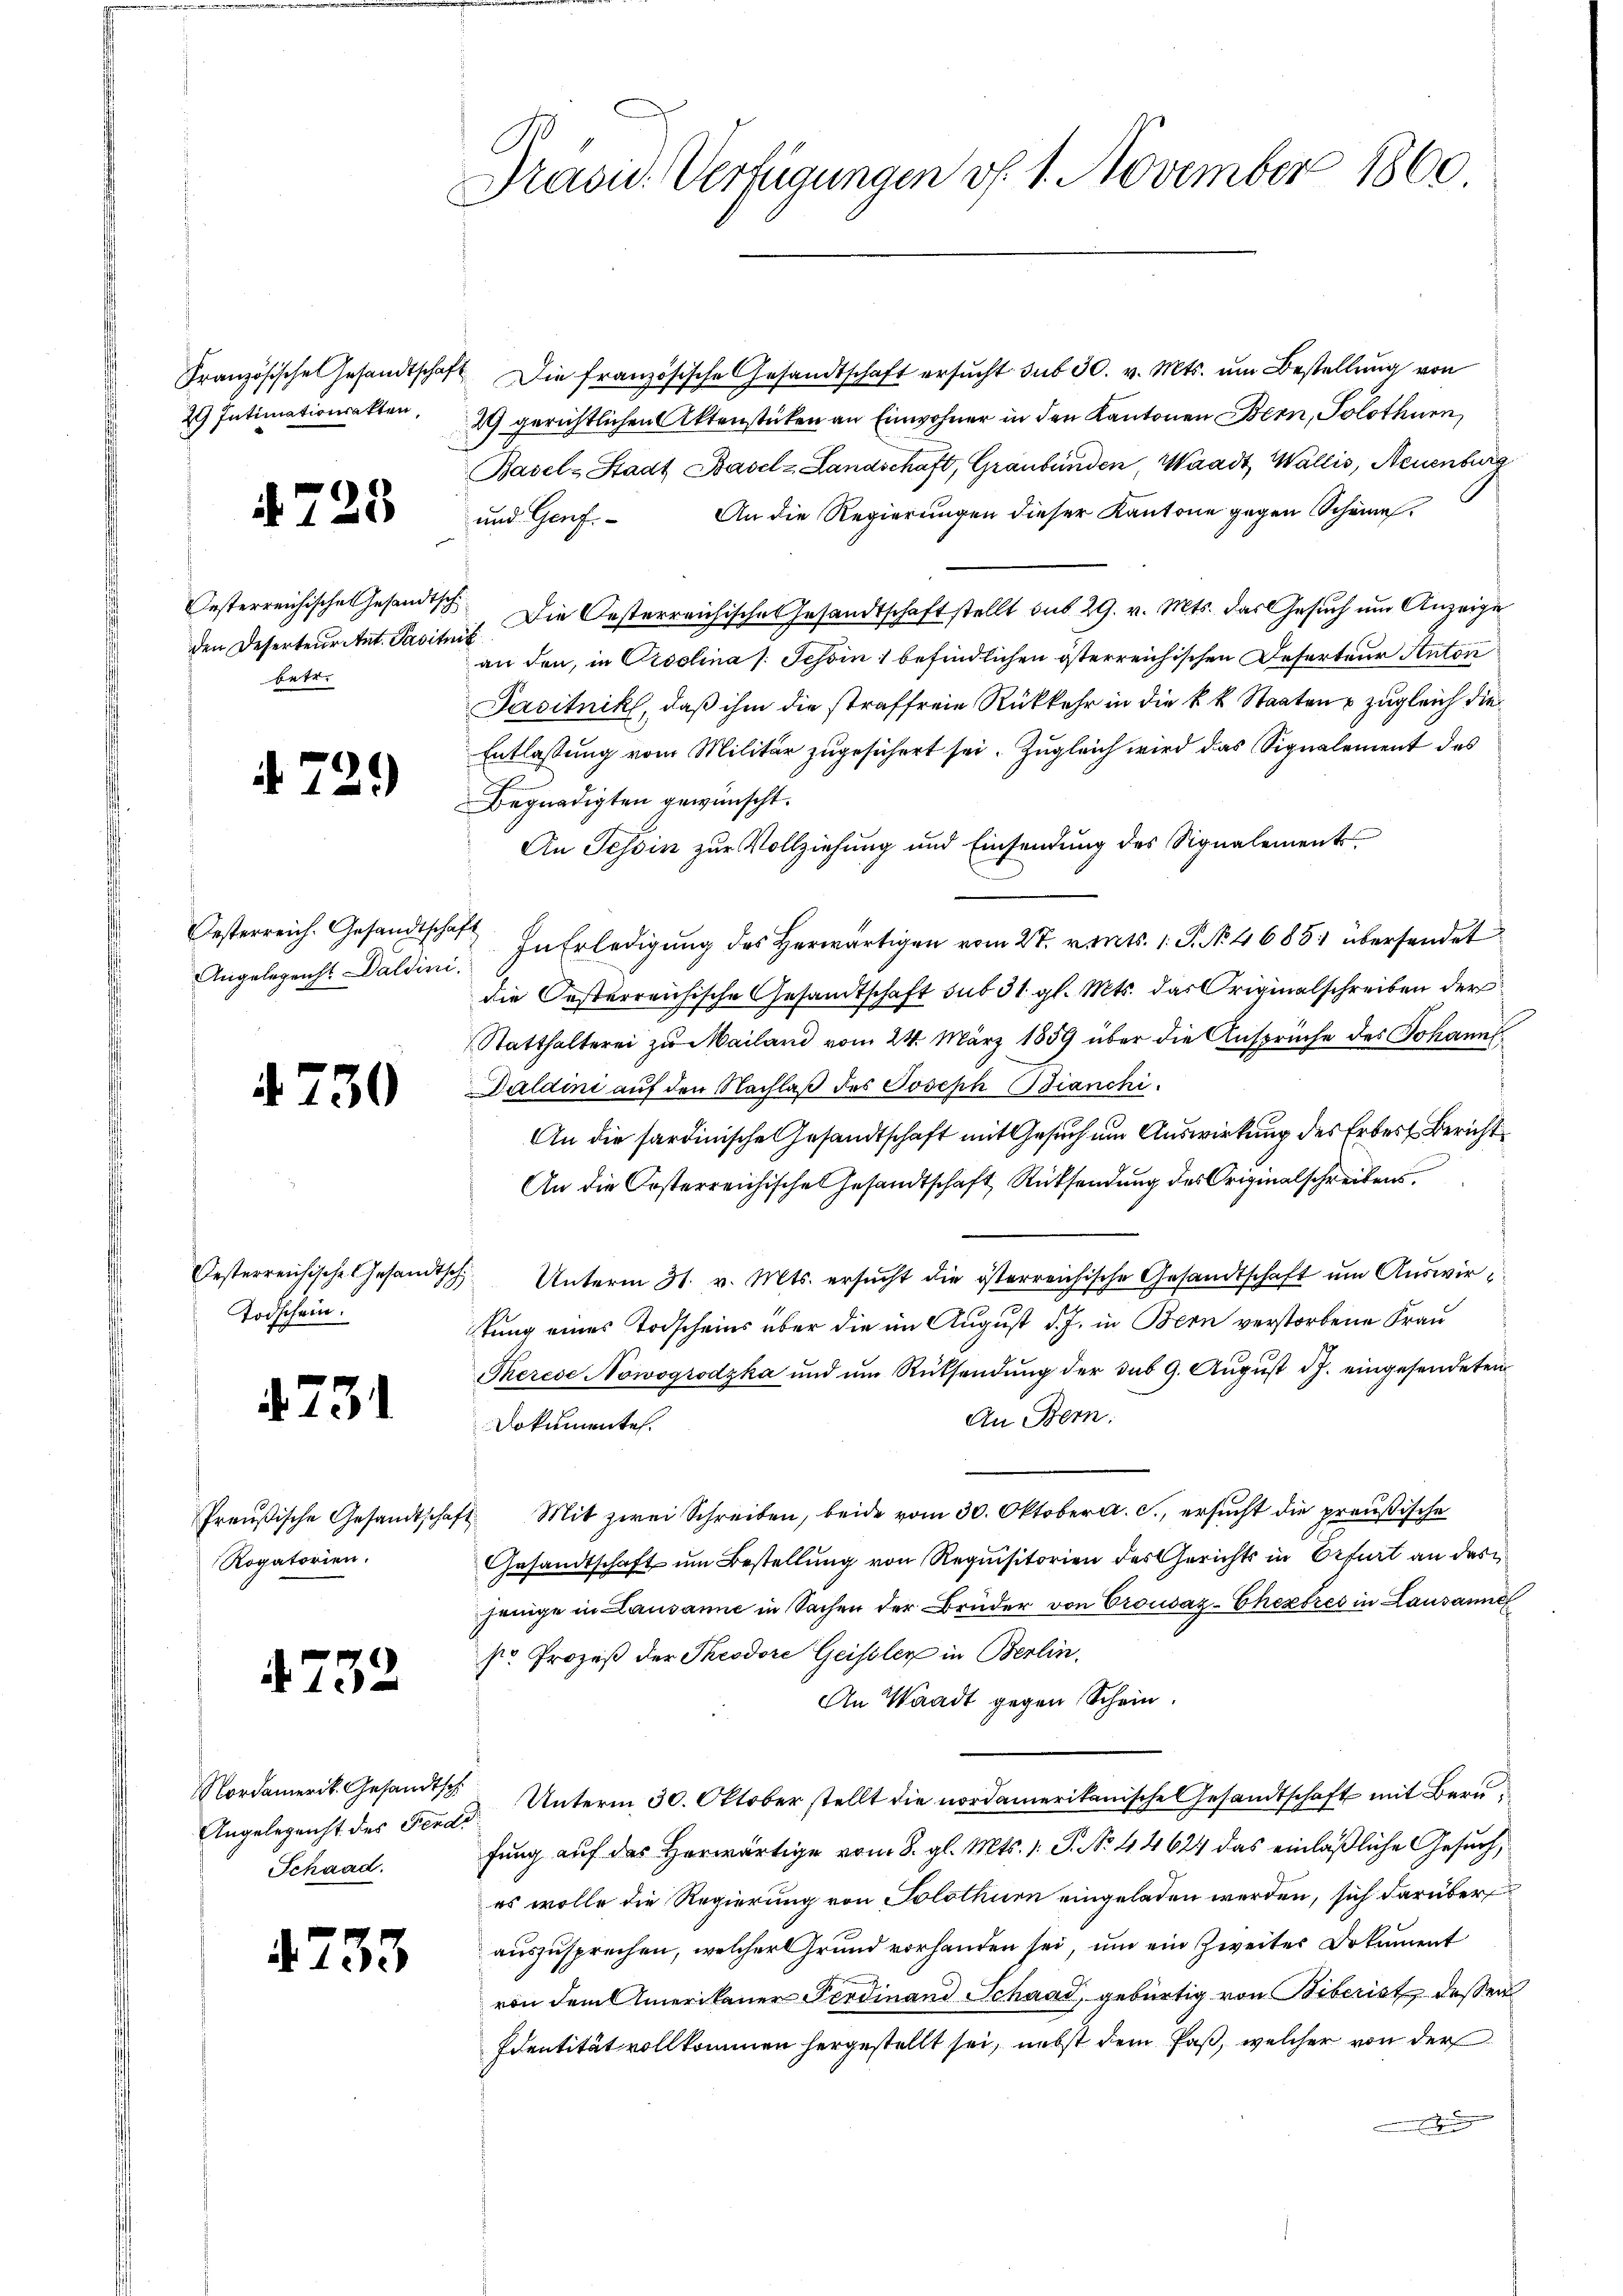
2 Intimationsakten,

729

Oesterreichische Gesandtschden Deserteur Ant. Pavitnis
betr.

. 729

Oesterreich. Gesandtschaft

4750

Todschein.

4731

Rogatorien.

752

Angelegeist des Fende
Schaad.

233

Präsid. Verfügungen v. 1. November 1860

Französische Gesandtschaft die französische Gesandtschaft ersŭcht sub 30. v. Mts. ŭm Bestellŭng von
29 gerichtlichen Aktenstücken an Einwohner in den Kantonen Bern, Solothurn,
Basel-Stadt Basel-Landschaft, Graubünden, Waadt, Wallis, Neuenburg
und Genf. An die Regierungen dieser Kantone gegen Schönes,
Die Oesterreichische Gesandtschaft stellt sub 29. v. Mts. das Gesuch um Anzeige
an den, in Ordolina (: Schin 1 befindlichen österreichischen Reserteur Anton
Pasitnik, daß ihm die straffreie Rückkehr in die k. k. Staaten & zugleich die
Entlassung vom Militär zugesichert sei. Zugleich wird das Signalement des
Begnadigten gewünscht.
An Tessin zur Vollziehung und Einsendung des Signalement
Angelegenst Daldini. In Erledigŭng des herwärtigen vom 27. vents. 1. P. Nr. 46851 übersendet
die Oesterreichische Gesamtschaft sub 31. gl. Mts. das Originalschreiben der
Statthalterei zu Mailand vom 24. März 1859 über die Ansprüche des Johann
Daldini auf den Nachlaß des Joseph Bianchi
An die sardinische Gesandtschaft mit Gesuch um Auswirkung des Erbeit Bericht
An die Oesterreichische Gesandtschaft Rücksendung des Originalschreibens
Oesterreichische Gesandtsch Unterm 31. v. Mts. ersucht die österreichische Gesandtschaft um Auswirtung eines Todscheins über die im August d. J. in Bern verstorbene Frau
Therese Nowogrodzka ŭnd ŭm Rücksendŭng der sub 9. Aŭgŭst J. eingesendeten
An Bern.
Dokumentes.
Preußische Gesandtschaft. Mit zwei Schreiben, beide vom 30. Oktober a. c., ersucht die preußische
Gesandtschaft um Bestellung von Requisitorien des Gerichts in Erfurt an das
jenige in Lausanne in Sachen der Brüder von Crousaz-Chestres in Lausanne
so Prozeß der Theodore Geissler in Berlin.
An Waadt gegen Schein.
Nordamerik. Gesandtsch. Unterm 30. Oktober stellt die nordamerikanische Gesandtschaft mit Bern,
fung auf das Herwärtige vom 8. gl. Mts. 1. P. No. 4462 das einläßliche Gesuch,
es wolle die Regierung von Solothurn eingeladen werden, sich darüber
auszusprechen, welcher Grund vorhanden sei, um ein Zweiter Dokument
von dem Amerikaner Ferdinand Schaad, gebürtig von Biberist dessen
Identität vollkommen hergestellt sei, nebst dem Paß, welcher von der
e